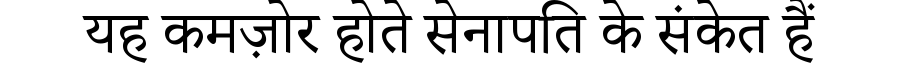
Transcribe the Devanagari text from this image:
यह कमज़ोर होते सेनापति के संकेत हैं